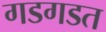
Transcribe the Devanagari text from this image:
गडगडत